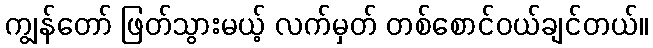
ကျွန်တော် ဖြတ်သွားမယ့် လက်မှတ် တစ်စောင်ဝယ်ချင်တယ်။